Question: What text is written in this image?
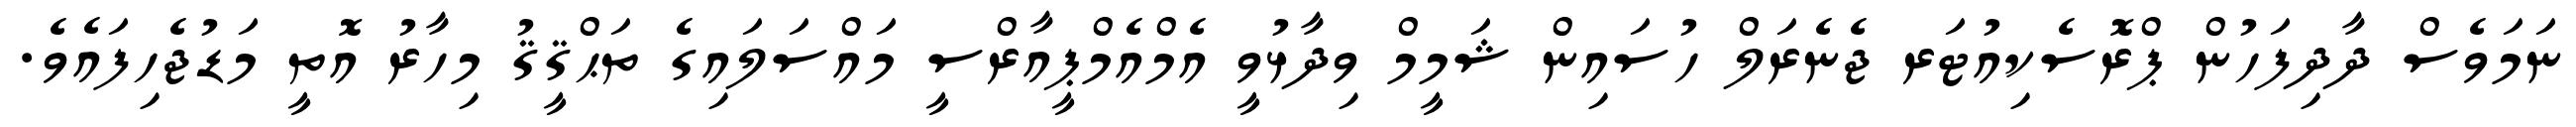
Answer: ނަމަވެސް ދާދިފަހުން ޕްރޮސެކިއުޓަރ ޖެނެރަލް ހުސައިން ޝަމީމް ވިދާޅުވީ އެމްއެމްޕީއާރްސީ މައްސަލައިގެ ތަޙްޤީޤު މިހާރު އޮތީ މަޑުޖެހިފައެވެ.